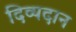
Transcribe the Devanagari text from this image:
दिव्यदान